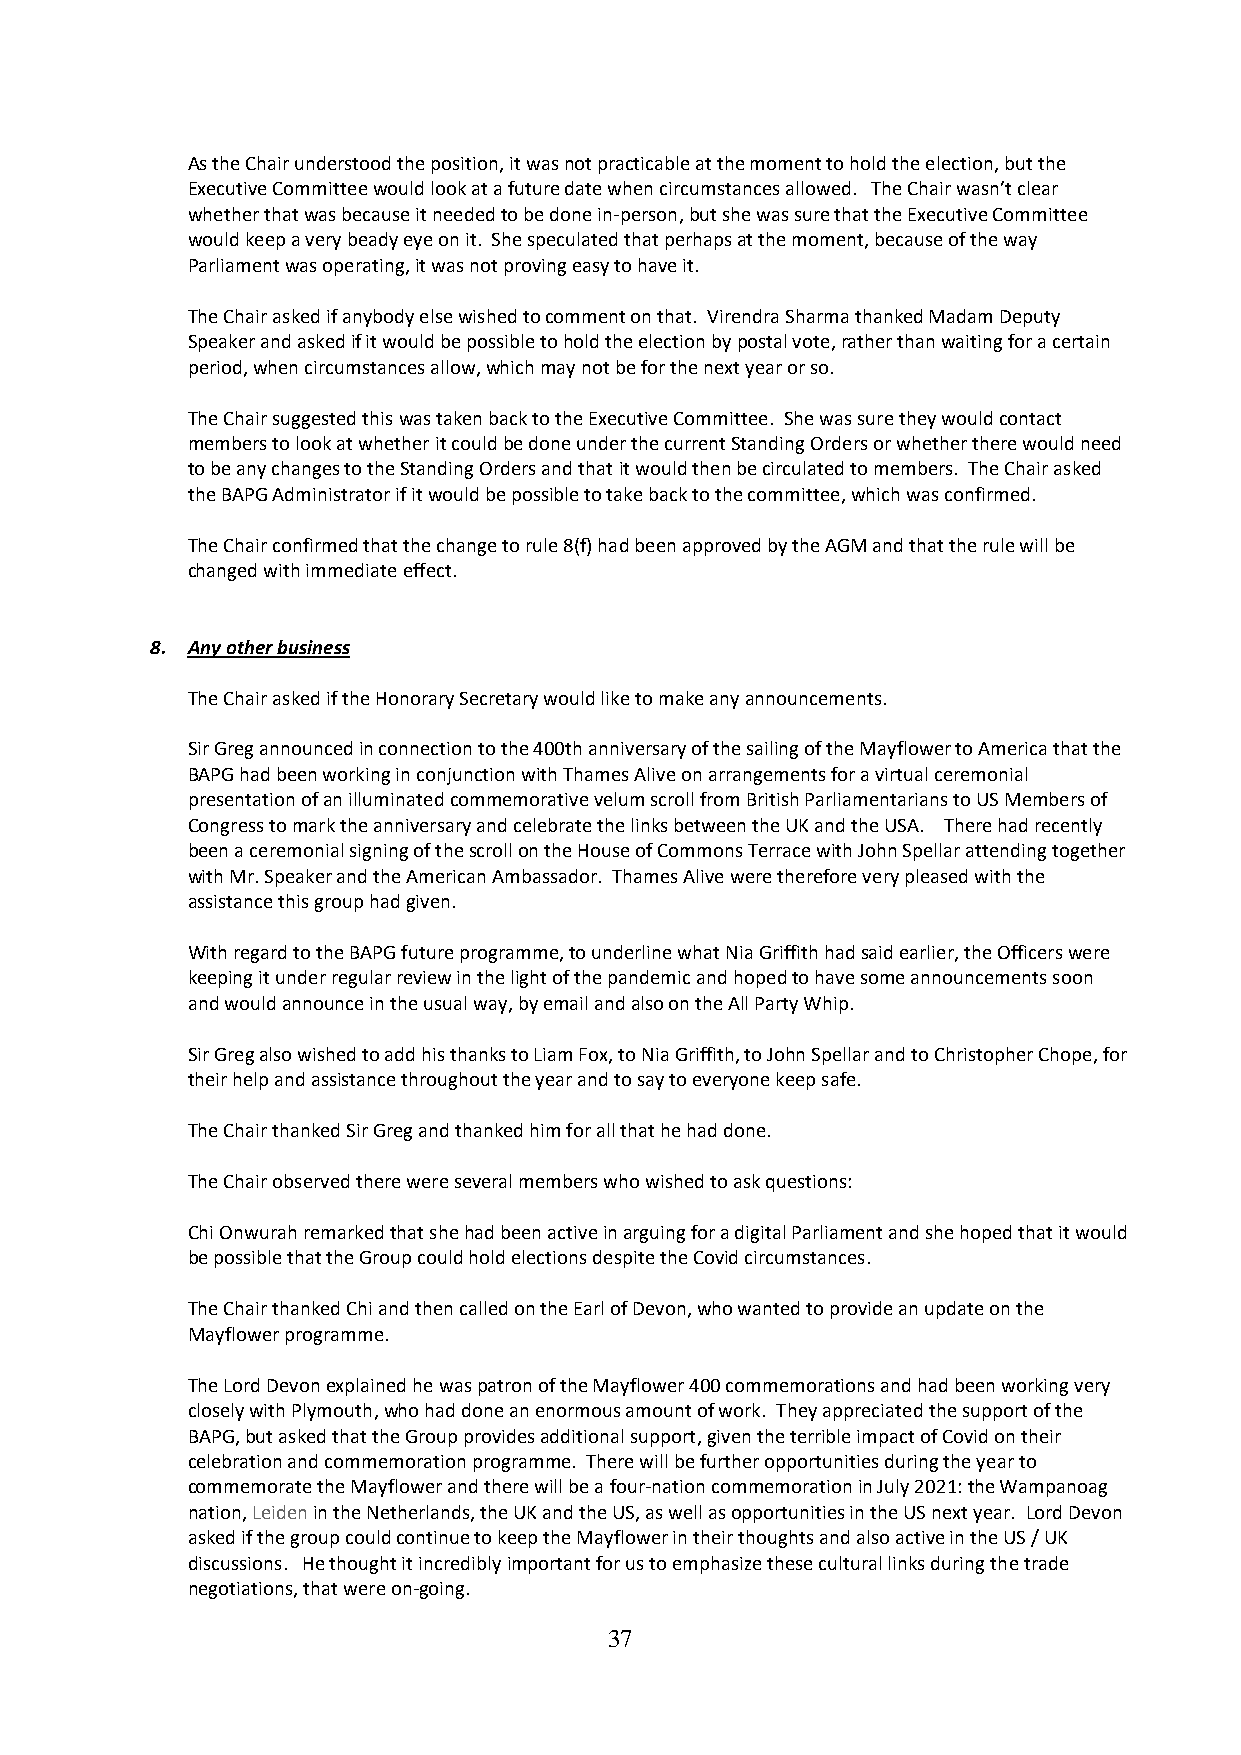
As the Chair understood the position, it was not practicable at the moment to hold the election, but the
 Executive Committee would look at a future date when circumstances allowed. The Chair wasn’t clear
 whether that was because it needed to be done in-person, but she was sure that the Executive Committee
 would keep a very beady eye on it. She speculated that perhaps at the moment, because of the way
 Parliament was operating, it was not proving easy to have it.
 The Chair asked if anybody else wished to comment on that. Virendra Sharma thanked Madam Deputy
 Speaker and asked if it would be possible to hold the election by postal vote, rather than waiting for a certain
 period, when circumstances allow, which may not be for the next year or so.
 The Chair suggested this was taken back to the Executive Committee. She was sure they would contact
 members to look at whether it could be done under the current Standing Orders or whether there would need
 to be any changes to the Standing Orders and that it would then be circulated to members. The Chair asked
 the BAPG Administrator if it would be possible to take back to the committee, which was confirmed.
 The Chair confirmed that the change to rule 8(f) had been approved by the AGM and that the rule will be
 changed with immediate effect.
 8. Any other business
 The Chair asked if the Honorary Secretary would like to make any announcements.
 Sir Greg announced in connection to the 400th anniversary of the sailing of the Mayflower to America that the
 BAPG had been working in conjunction with Thames Alive on arrangements for a virtual ceremonial
 presentation of an illuminated commemorative velum scroll from British Parliamentarians to US Members of
 Congress to mark the anniversary and celebrate the links between the UK and the USA. There had recently
 been a ceremonial signing of the scroll on the House of Commons Terrace with John Spellar attending together
 with Mr. Speaker and the American Ambassador. Thames Alive were therefore very pleased with the
 assistance this group had given.
 With regard to the BAPG future programme, to underline what Nia Griffith had said earlier, the Officers were
 keeping it under regular review in the light of the pandemic and hoped to have some announcements soon
 and would announce in the usual way, by email and also on the All Party Whip.
 Sir Greg also wished to add his thanks to Liam Fox, to Nia Griffith, to John Spellar and to Christopher Chope, for
 their help and assistance throughout the year and to say to everyone keep safe.
 The Chair thanked Sir Greg and thanked him for all that he had done.
 The Chair observed there were several members who wished to ask questions:
 Chi Onwurah remarked that she had been active in arguing for a digital Parliament and she hoped that it would
 be possible that the Group could hold elections despite the Covid circumstances.
 The Chair thanked Chi and then called on the Earl of Devon, who wanted to provide an update on the
 Mayflower programme.
 The Lord Devon explained he was patron of the Mayflower 400 commemorations and had been working very
 closely with Plymouth, who had done an enormous amount of work. They appreciated the support of the
 BAPG, but asked that the Group provides additional support, given the terrible impact of Covid on their
 celebration and commemoration programme. There will be further opportunities during the year to
 commemorate the Mayflower and there will be a four-nation commemoration in July 2021: the Wampanoag
 nation, Leiden in the Netherlands, the UK and the US, as well as opportunities in the US next year. Lord Devon
 asked if the group could continue to keep the Mayflower in their thoughts and also active in the US / UK
 discussions. He thought it incredibly important for us to emphasize these cultural links during the trade
 negotiations, that were on-going.
 37